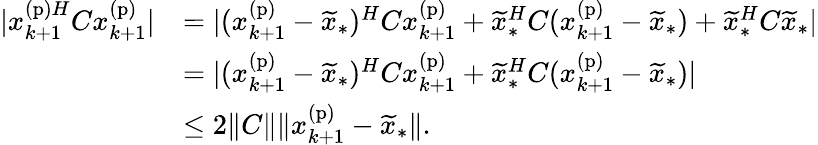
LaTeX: \begin{array}{rl}{|x_{k+1}^{\mathrm{(p)}H}Cx_{k+1}^{\mathrm{(p)}}|}&{=|(x_{k+1}^{\mathrm{(p)}}-\widetilde{x}_{*})^{H}Cx_{k+1}^{\mathrm{(p)}}+\widetilde{x}_{*}^{H}C(x_{k+1}^{\mathrm{(p)}}-\widetilde{x}_{*})+\widetilde{x}_{*}^{H}C\widetilde{x}_{*}|}\\ &{=|(x_{k+1}^{\mathrm{(p)}}-\widetilde{x}_{*})^{H}Cx_{k+1}^{\mathrm{(p)}}+\widetilde{x}_{*}^{H}C(x_{k+1}^{\mathrm{(p)}}-\widetilde{x}_{*})|}\\ &{\leq 2\| C\| \| x_{k+1}^{\mathrm{(p)}}-\widetilde{x}_{*}\| .}\end{array}